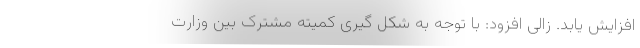
افزایش یابد. زالی افزود: با توجه به شکل گیری کمیته مشترک بین وزارت